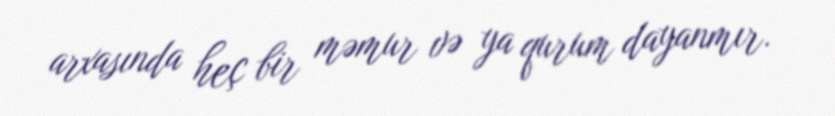
arxasında heç bir məmur və ya qurum dayanmır.